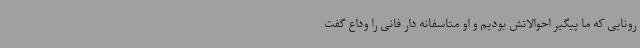
رونایی که ما پیگیر احوالاتش بودیم و او متاسفانه دار فانی را وداع گفت